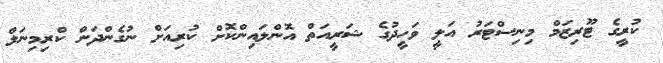
ކުރީގެ ޓޫރިޒަމް މިނިސްޓަރު އަލީ ވަހީދުގެ ޝަރީއަތް އޮންލައިންކޮށް ކުރިއަށް ނުގެންދަން ކްރިމިނަލް